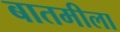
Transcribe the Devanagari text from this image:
बातमीला